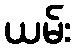
ယမ်း